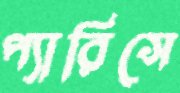
প্যারিসে